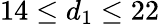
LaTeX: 14\leq d_{1}\leq 22